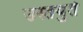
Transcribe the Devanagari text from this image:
उस्तयुर्त